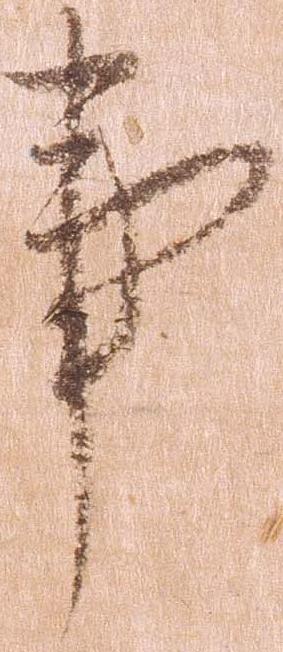
事